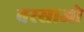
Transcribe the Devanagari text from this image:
बरसाओ